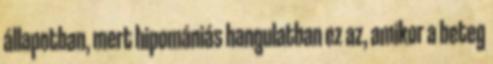
állapotban, mert hipomániás hangulatban ez az, amikor a beteg